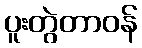
ပူးတွဲတာဝန်